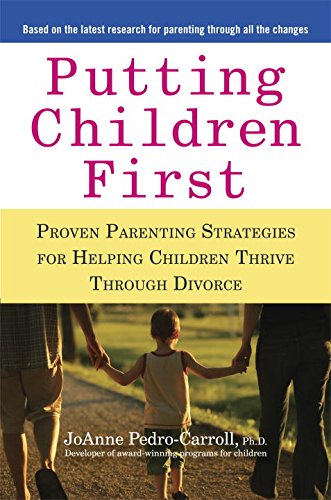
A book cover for Putting Children First: Proven Parenting Strategies for Helping Children Thrive Through Divorce; JoAnne Pedro-Carroll; Parenting & Relationships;